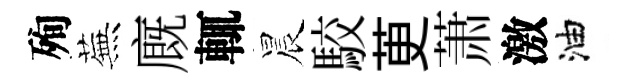
殉蕪廐輒晨駮茰萧激油